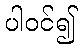
ပါဝင်၍